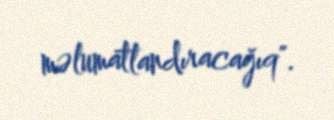
məlumatlandıracağıq".